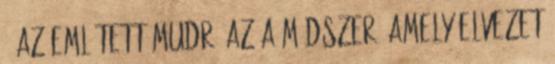
. Az említett mudrá az a módszer, amely elvezet